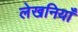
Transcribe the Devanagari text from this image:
लेखनियाँ